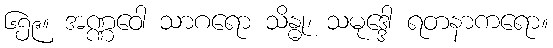
၆၅၉။ အဏ္ဏဝေါ သာဂရော သိန္ဓု၊ သမုဒ္ဒေါ ရတနာကရော။